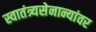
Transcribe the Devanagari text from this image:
स्वातंत्र्यसेनान्यांवर